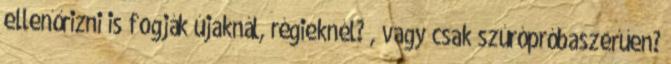
ellenőrizni is fogják újaknál, régieknél? , vagy csak szúrópróbaszerűen?